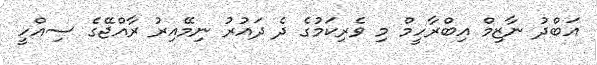
އަބްދު ނާޒިމް އިބްރާހީމް މި ވެރިކަމުގެ ދެ ދައުރު ނިމޭއިރު ރާއްޖޭގެ ސިއްހީ